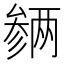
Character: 𪠡